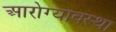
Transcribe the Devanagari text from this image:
आरोग्यावस्था